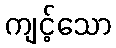
ကျင့်သော